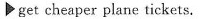
get cheaper plane tickets.